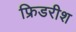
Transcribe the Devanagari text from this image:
फ्रिडरीश